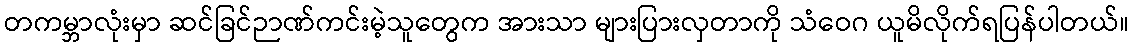
တကမ္ဘာလုံးမှာ ဆင်ခြင်ဉာဏ်ကင်းမဲ့သူတွေက အားသာ များပြားလှတာကို သံဝေဂ ယူမိလိုက်ရပြန်ပါတယ်။